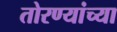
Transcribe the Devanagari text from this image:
तोरण्यांच्या